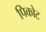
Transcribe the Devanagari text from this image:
पिकोट